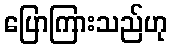
ပြောကြားသည်ဟု